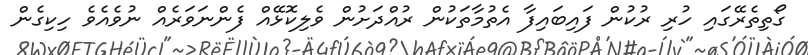
ގޯތިތެރޭގައި ހުރި ރުކުން ފައިބައިފާ އެތުމާތަކުން ރުއްދަށުން ވެލިކޮޅޭއް ފެންނަވަރެއް ނުވެއެވެ ހިކިގެން